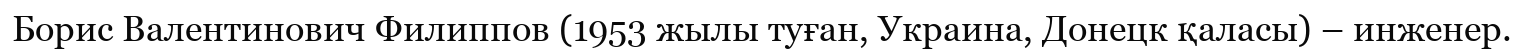
Борис Валентинович Филиппов (1953 жылы туған, Украина, Донецк қаласы) – инженер.